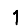
Digit: 1